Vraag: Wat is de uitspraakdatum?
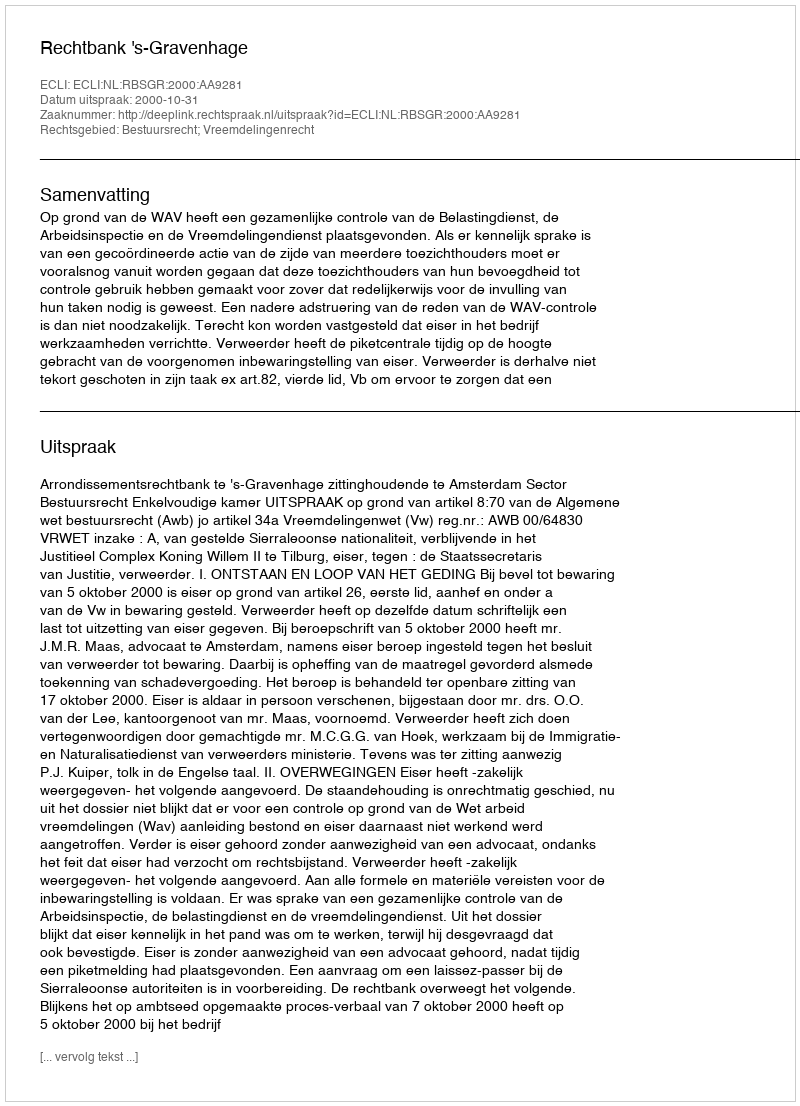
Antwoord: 2000-10-31